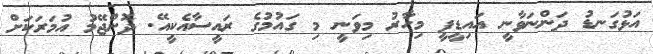
އަޅުގަނޑު ދަންނަވާނީ އައިޑީޕީ މިހާރު މިވަނީ މި ގައުމުގެ ރައީސާއެކީއޭ. ދޮންޖޭމު އުމަރަކަށް